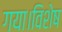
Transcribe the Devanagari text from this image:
गया।विशेष